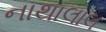
નાથાલાલ